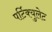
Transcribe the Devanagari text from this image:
पर्टिक्युलेट